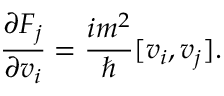
\frac { \partial F _ { j } } { \partial v _ { i } } = \frac { i m ^ { 2 } } { \hbar } [ v _ { i } , v _ { j } ] .